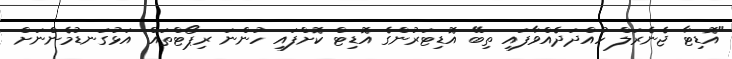
"އޮޑިޓާ ޖެނެރަލް ހުއްދަދެއްވާފައި ތިބޭ އޮޑިޓަރުންގެ އޮޑިޓް ކޮށްފައި ހުންނަ ރިޕޯޓްތައް އަޅުގަނޑުމެންނަށް